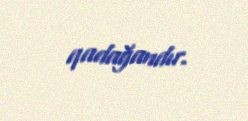
qadağandır.